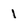
Character: l